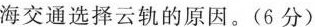
海交通选择云轨的原因。(6分)